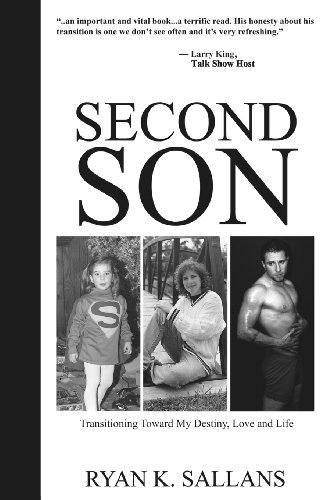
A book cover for Second Son: Transitioning Toward My Destiny, Love and Life; Ryan Sallans; Gay & Lesbian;